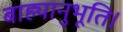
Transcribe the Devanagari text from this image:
बाह्यानुभूति।